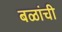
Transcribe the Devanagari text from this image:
बळांची